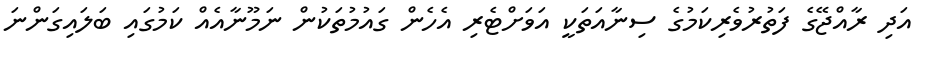
އަދި ރާއްޖޭގެ ފަތުރުވެރިކަމުގެ ސިނާއަތަކީ އަވަށްޓެރި އެހެން ގައުމުތަކުން ނަމޫނާއެއް ކަމުގައި ބަލައިގަންނަ